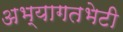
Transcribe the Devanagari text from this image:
अभ्यागतभेटी